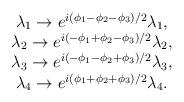
LaTeX: \begin{align*}\begin{array}{c}\lambda_1 \rightarrow e^{i ( \phi_1 - \phi_2 - \phi_3)/2} \lambda_1, \\\lambda_2 \rightarrow e^{i ( -\phi_1 + \phi_2 - \phi_3)/2} \lambda_2, \\\lambda_3 \rightarrow e^{i ( -\phi_1 - \phi_2 + \phi_3)/2} \lambda_3, \\\lambda_4 \rightarrow e^{i ( \phi_1 + \phi_2 + \phi_3)/2} \lambda_4.\end{array}\end{align*}